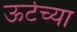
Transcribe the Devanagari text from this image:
ऊर्टच्या